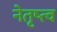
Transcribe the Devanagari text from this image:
नेतृष्त्व